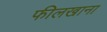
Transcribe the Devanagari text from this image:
फीलखाना